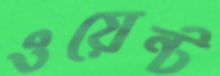
ওয়েন্ট